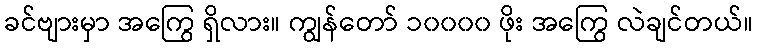
ခင်ဗျားမှာ အကြွေ ရှိလား။ ကျွန်တော် ၁၀၀၀၀ ဖိုး အကြွေ လဲချင်တယ်။